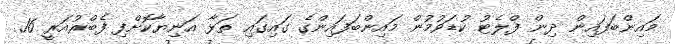
މައިންބަފައިން ދިން ފްލެޓު ކުޑަވުމުން މައިންބަފައިންގެ ގައިގައި ތަޅާ އަނިޔާކޮށްފި ފެބްރުއަރީ 16